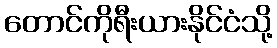
တောင်ကိုရီးယားနိုင်ငံသို့